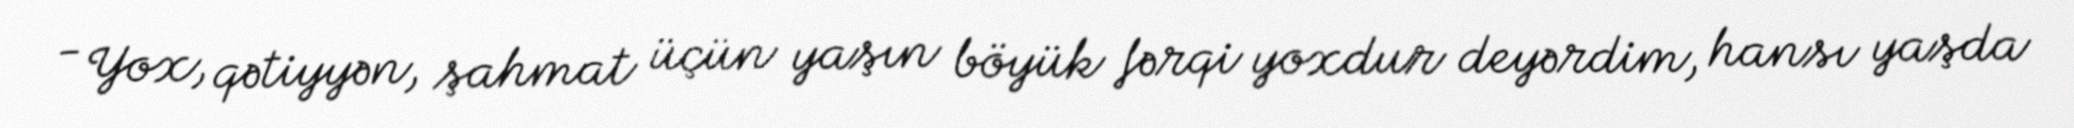
- Yox, qətiyyən, şahmat üçün yaşın böyük fərqi yoxdur deyərdim, hansı yaşda